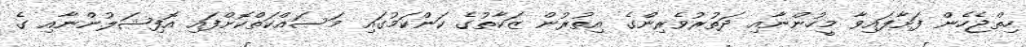
ހިތްޖެހެން ފަށާފައިވާ މީހުންނާއި ދަތުރުވެރިންގެ އިތުރުން ޒަކާތުގެ ކަންކަމުގައި މަސައްކަތްކޮށްފައި އޮފިޝަލުންނާއި ގެ